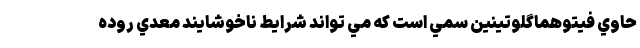
حاوي فيتوهماگلوتينين سمي است كه مي تواند شرايط ناخوشايند معدي روده